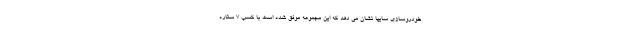
خودروسازي سايپا نشان مي دهد كه اين مجموعه موفق شده است با کسب ۷ ستاره